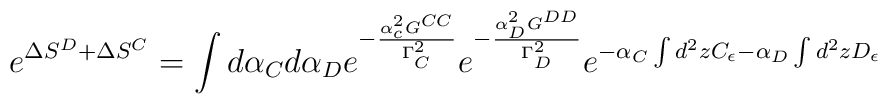
e^{\Delta S^{D} + \Delta S^{C} } = \int d\alpha _C d\alpha _D e^{-\frac{\alpha _c^2G^{CC}}{\Gamma _C ^2}} e^{-\frac{\alpha _D^2G^{DD}}{\Gamma _D^2}} e^{-\alpha_C  \int d^2 zC_\epsilon -\alpha _D \int d^2z D_\epsilon }